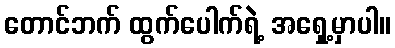
တောင်ဘက် ထွက်ပေါက်ရဲ့ အရှေ့မှာပါ။